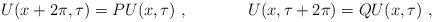
LaTeX: \begin{align*}U(x+2 \pi,\tau)= P U(x,\tau)~,~~~~~~~~~~~U(x,\tau+2 \pi)= Q U(x,\tau)~,\end{align*}